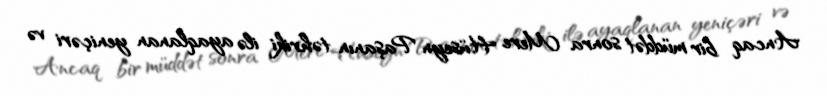
Ancaq bir müddət sonra Mere Hüseyn Paşanın təhriki ilə ayaqlanan yeniçəri və